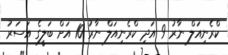
ކްރެނިއަލް ނާރު 9 އަދި ކްރެނިއަލް ނާރު 10 އަށް ބަލީގެ އަސަރު